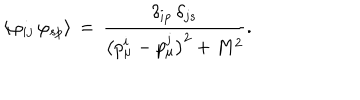
\langle \varphi _ { i j } \, \varphi _ { s p } \rangle \, = \, \frac { \delta _ { i p } \, \delta _ { j s } } { \bigl ( p _ { \mu } ^ { i } - p _ { \mu } ^ { j } \bigr ) ^ { 2 } + M ^ { 2 } } .